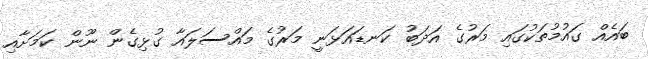
ބައެއް ގައުމުތަކުގައި މަރުގެ އަދަބު ކަނޑައަޅަނީ މަރުގެ މައްސަލައާ ގުޅިގެން ނޫން ކަމަށާއި